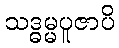
သဒ္ဓမ္မပူဇာပိ